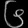
Digit: ၆